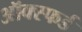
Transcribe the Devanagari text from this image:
ऑक्स्फर्ड